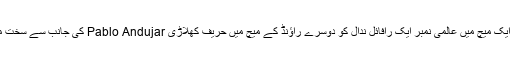
جمعرات کے روز مردوں کے ایک میچ میں عالمی نمبر ایک رافائل ندال کو دوسرے راؤنڈ کے میچ میں حریف کھلاڑی Pablo Andujar کی جانب سے سخت مزاحمت کا سامنا نہیں کرنا پڑا۔